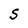
Character: S